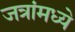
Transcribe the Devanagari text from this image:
जत्रांमध्ये